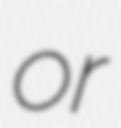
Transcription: or